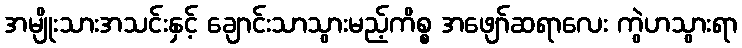
အမျိုးသားအသင်းနှင့် ချောင်းသာသွားမည့်ကိစ္စ အဖျော်ဆရာလေး ကွဲဟသွားရာ